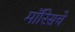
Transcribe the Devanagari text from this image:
मॉरिसचे